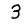
Digit: 3